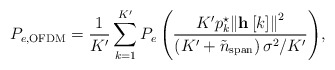
\begin{align*} {P_{e,{\rm{OFDM}}}} = \frac{1}{K'}\sum\limits_{k = 1}^{K'} {{P_e}\left( {\frac{{{K'}{p_k^{\star}}{{\left\| {{\bf{h}}\left[ k \right]} \right\|}^2}}}{{\left( {{K'} + {{\tilde n}_{{\rm{span}}}}} \right){\sigma ^2}/{K'}}}} \right)}, \end{align*}